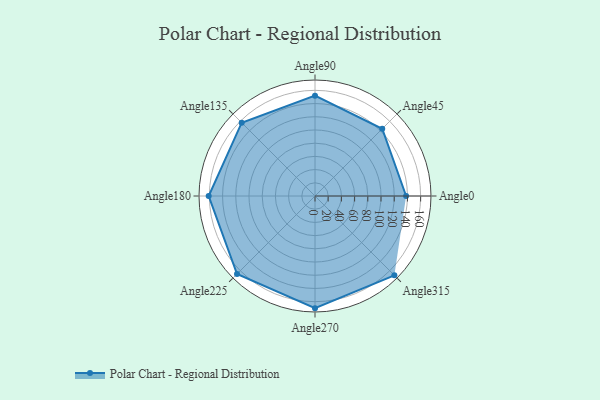
{"axis": {"x": "Angle", "y": "Radius"}, "legend": [""], "data": [{"x": "Angle0", "y": 138.0, "type": ""}, {"x": "Angle45", "y": 144.0, "type": ""}, {"x": "Angle90", "y": 152.0, "type": ""}, {"x": "Angle135", "y": 157.0, "type": ""}, {"x": "Angle180", "y": 161.0, "type": ""}, {"x": "Angle225", "y": 167.0, "type": ""}, {"x": "Angle270", "y": 170, "type": ""}, {"x": "Angle315", "y": 170, "type": ""}]}